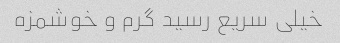
خیلی سریع رسید گرم و خوشمزه